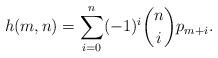
LaTeX: \begin{align*}h(m,n) = \sum_{i = 0}^n (-1)^i {n \choose i} p_{m+i}.\end{align*}